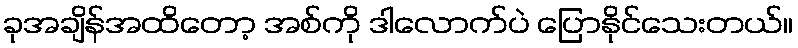
ခုအချိန်အထိတော့ အစ်ကို ဒါလောက်ပဲ ပြောနိုင်သေးတယ်။